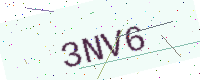
Text: 3NV6